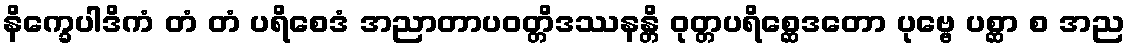
နိက္ခေပါဒိကံ တံ တံ ပရိစေဒံ အညာတာပဝတ္တိဒဿနန္တိ ဝုတ္တပရိစ္ဆေဒတော ပုဗ္ဗေ ပစ္ဆာ စ အည